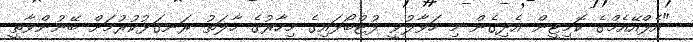
"އެފްއޭއެމްގެ ކޮމިޓީން އެދިގެން މި ހަވާލުވީ ފުޓްބޯޅައިގެ މިހާރުގެ ހާލަތު ރަނގަޅުކުރުމަށް ބޭނުންވާތީ